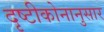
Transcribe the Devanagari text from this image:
दृष्टीकोनानुसार